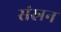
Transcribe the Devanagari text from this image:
संस्रन